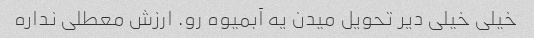
خیلی خیلی دیر تحویل میدن یه آبمیوه رو. ارزش معطلی نداره